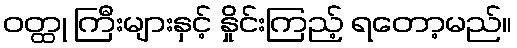
ဝတ္ထု ကြီးများနှင့် နှိုင်းကြည့် ရတော့မည်။